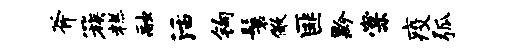
斧簇糕融活钩鬟儆匪黔棠疫弧